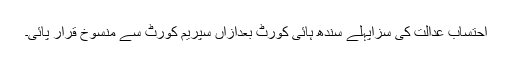
احتساب عدالت کی سزاپہلے سندھ ہائی کورٹ بعدازاں سپریم کورٹ سے منسوخ قرار پائی۔